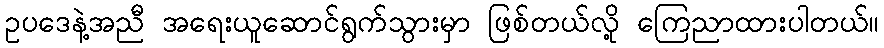
ဥပဒေနဲ့အညီ အရေးယူဆောင်ရွက်သွားမှာ ဖြစ်တယ်လို့ ကြေညာထားပါတယ်။